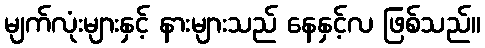
မျက်လုံးများနှင့် နားများသည် နေနှင့်လ ဖြစ်သည်။